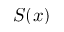
S ( x )